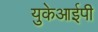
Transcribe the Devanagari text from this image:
युकेआईपी